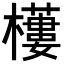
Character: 𣞾